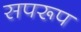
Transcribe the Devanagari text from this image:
सपरूप